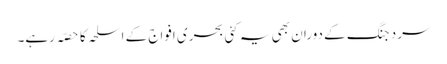
سرد جنگ کے دوران بھی یہ کئی بحری افواج کے اسلحہ کا حصّہ رہے۔